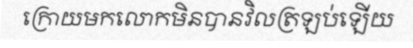
ក្រោយមកលោកមិនបានវិលត្រឡប់ឡើយ